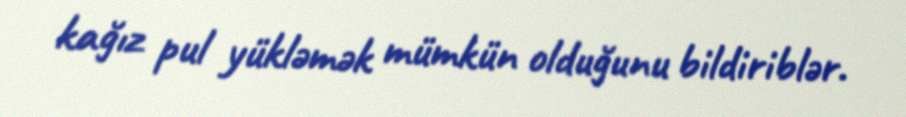
kağız pul yükləmək mümkün olduğunu bildiriblər.